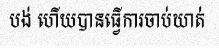
បង់ ហើយបានធ្វើការចាប់ឃាត់